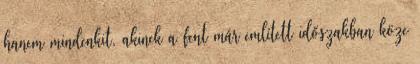
hanem mindenkit, akinek a fent már említett időszakban köze